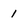
Character: 1